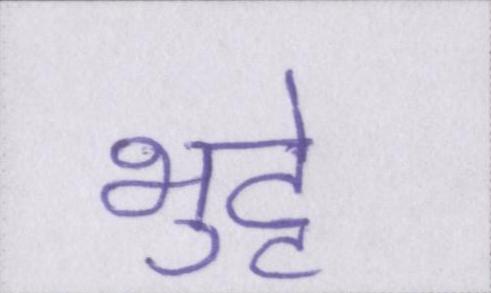
भुट्टे